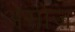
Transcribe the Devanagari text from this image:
असोज